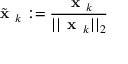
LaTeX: { \tilde { \textbf { x } } } _ { k } : = { \frac { { \textbf { x } } _ { k } } { | | { \textbf { x } } _ { k } | | _ { 2 } } }